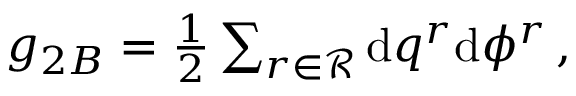
\begin{array} { r } { g _ { 2 B } = \frac { 1 } { 2 } \sum _ { r \in \mathcal { R } } \mathrm { d } q ^ { r } \mathrm { d } \phi ^ { r } \, , } \end{array}